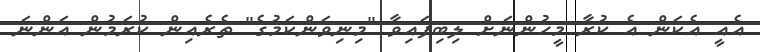
އެއީ އެކަން އެ ކުރާ މީހުންނަށް ލިބިފައިވާ "މިނިވަންކަމުގެ" ތެރެއިން ކުރަމުން އަންނަ